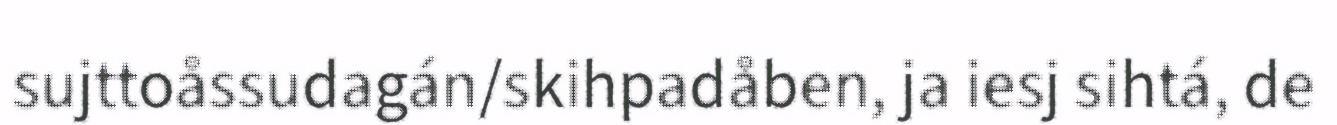
sujttoåssudagán/skihpadåben, ja iesj sihtá, de